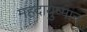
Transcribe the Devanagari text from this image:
महदायुष्मान्